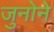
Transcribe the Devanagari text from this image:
जुनोने